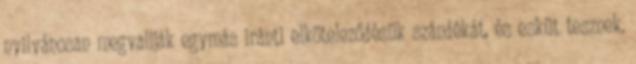
nyilvánosan megvallják egymás iránti elköteleződésük szándékát, és esküt tesznek.